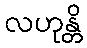
လဟုန္တိ